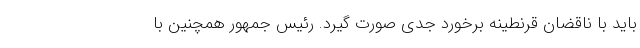
باید با ناقضان قرنطینه برخورد جدی صورت گیرد. رئیس جمهور همچنین با